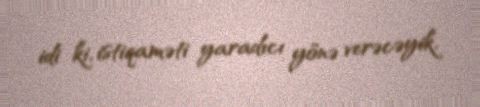
idi ki, istiqaməti yaradıcı yönə verəcəyik.